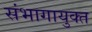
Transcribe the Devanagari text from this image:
संभागायुक्त